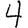
Digit: 4